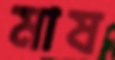
মাষ